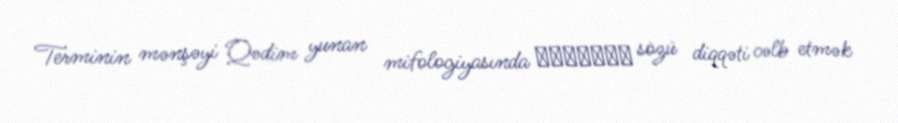
Terminin mənşəyi Qədim yunan mifologiyasında χάρισμα sözü diqqəti cəlb etmək